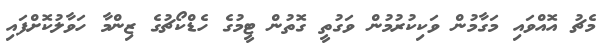
މެޗު އޮއްވައި މަގާމުން ވަކިކުރުމުން ވަގުތީ ގޮތުން ޓީމުގެ ހެޑްކޯޗުގެ ޒިންމާ ހަވާލުކޮށްފައި